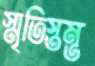
স্মৃতিস্তম্ভ